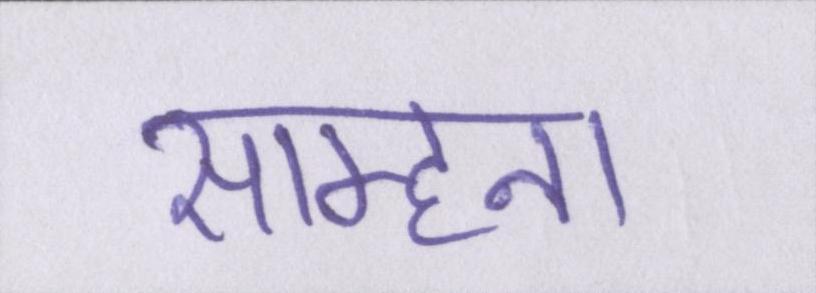
साम्हना